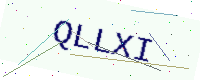
Text: QLLXI